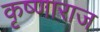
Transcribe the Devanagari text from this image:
कृष्णाराज